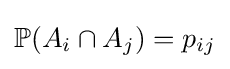
\mathbb {P} (A_{i}\cap A_{j})=p_{ij}